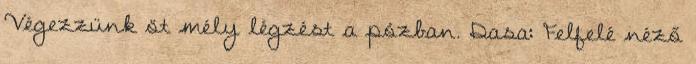
Végezzünk öt mély légzést a pózban. Dasa: Felfelé néző